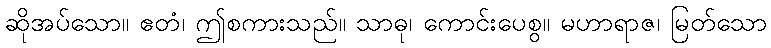
ဆိုအပ်သော။ ဧတံ၊ ဤစကားသည်။ သာဓု၊ ကောင်းပေစွ။ မဟာရာဇ၊ မြတ်သော